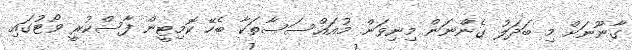
ގާނޫނަށް މި ބަދަލު ގެންނަން މިނިވަން މުއައްސަސާތަކާ ބެހޭ ކޮމިޓީން ފާސްކުރީ ވޯޓުގައި